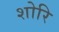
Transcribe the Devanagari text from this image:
शोरि